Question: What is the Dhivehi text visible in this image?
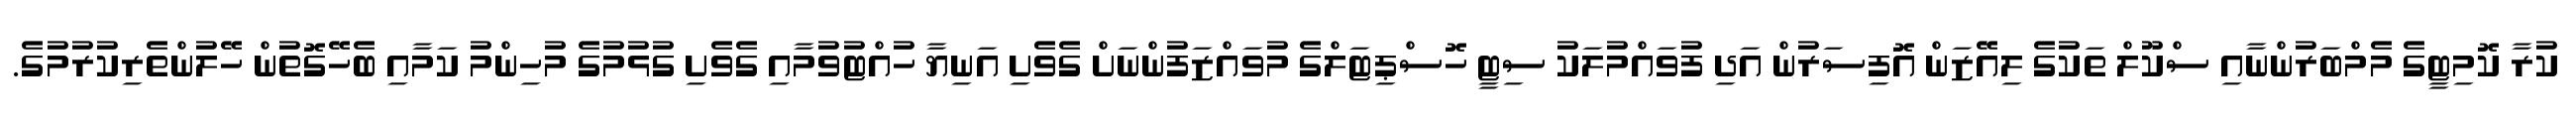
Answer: ކުރާ ކޮމިޓީގެ މެމްބަރުންނާއި ސްކޫލް ތަކުގެ ލިއޭޒަން އޮފިސަރުން އަދި ފުވައްމުލަކު ސިޓީ ހޮސްޕިޓަލްގެ މުވައްޒަފުންނަށް ގެވެށި އަނިޔާ ހުއްޓުވުމާއި ގެވެށި ގުޅުމުގެ މުހިންމު ކަމާއި ބެހޭގޮތުން ހޭލުންތެރިކުރުމުގެ.